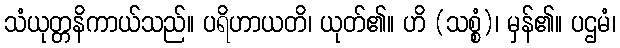
သံယုတ္တနိကာယ်သည်။ ပရိဟာယတိ၊ ယုတ်၏။ ဟိ (သစ္စံ)၊ မှန်၏။ ပဌမံ၊